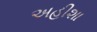
અહીશા